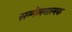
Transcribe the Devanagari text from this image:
सम्मेलनात्मक